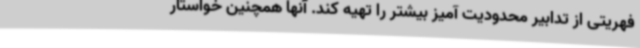
فهریتی از تدابیر محدودیت آمیز بیشتر را تهیه کند. آنها همچنین خواستار